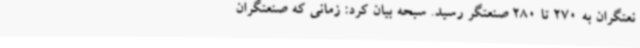
نعتگران به 270 تا 280 صنعتگر رسید. سبحه بیان کرد: زمانی که صنعتگران